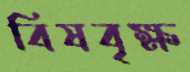
বিষবৃক্ষ